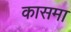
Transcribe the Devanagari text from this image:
कासमा